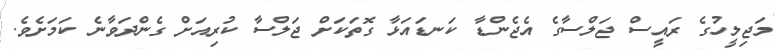
މަޖިލީހުގެ ރައީސް ޖަލްސާގެ އެޖެންޑާ ކަނޑައަޅާ ގޮތަކަށް ޖަލްސާ ކުރިއަށް ގެންދަވާނެ ކަމަށެވެ.